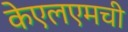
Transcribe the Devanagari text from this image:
केएलएमची